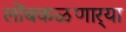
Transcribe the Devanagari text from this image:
लोंबकळणार्‍या